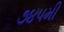
૭૪૫મી